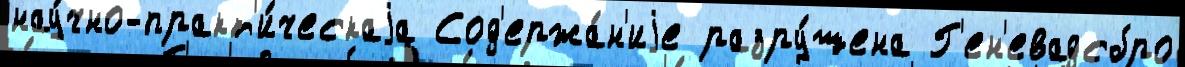
нау́чно-практ'и́ческаjа Сод'ержа́н'иjе разру́шена Г'ен'евадсбро